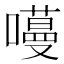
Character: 𭋽